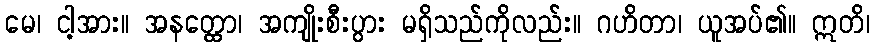
မေ၊ ငါ့အား။ အနတ္ထော၊ အကျိုးစီးပွား မရှိသည်ကိုလည်း။ ဂဟိတာ၊ ယူအပ်၏။ ဣတိ၊